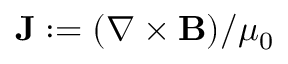
\mathbf { J } : = ( \nabla \times \mathbf { B } ) / \mu _ { 0 }